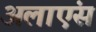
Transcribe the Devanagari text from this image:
अलाएंस